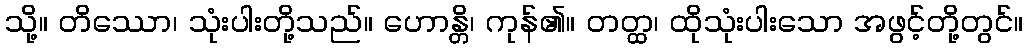
သို့။ တိဿော၊ သုံးပါးတို့သည်။ ဟောန္တိ၊ ကုန်၏။ တတ္ထ၊ ထိုသုံးပါးသော အဖွင့်တို့တွင်။